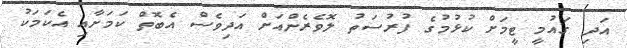
އަދި ގައުމީ ޓީމަށް ކުޅުމުގެ ފުރުސަތު ލޮވެރެންއަށް އަދިވެސް އެބޮތް ކަމަށާއި އެކަމަކު